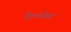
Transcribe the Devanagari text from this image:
रिचनेस